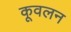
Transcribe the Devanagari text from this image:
कूवलन